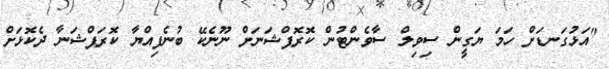
"އަޅުގަނޑަށް ހަމަ ޔަގީން ސިވިލް ސާވެންޓުން ކޮރޮޕްޝަނަށް ނޫނެކޭ ބުނެފިއްޔާ ކޮރަޕްޝަނާ ދެކޮޅަށް